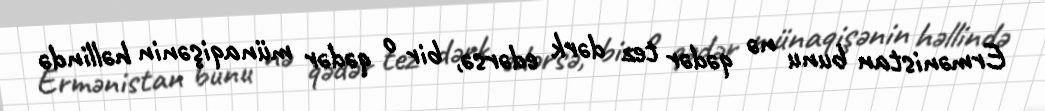
Ermənistan bunu nə qədər tez dərk edərsə, bir o qədər münaqişənin həllində